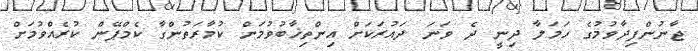
ޖާނުންފިދާވުމުގެ ހަމަލާ ދިނީ ދެ ވަނަ ދައުރަކަށް އިންތިޚާބުވުމަށް ކުމާރަތުންގާ ކެމްޕޭން ކުރެއްވުމަށް